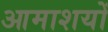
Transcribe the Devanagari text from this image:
आमाशयों